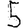
Digit: 5